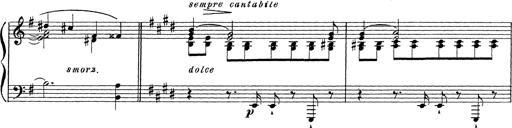
Title: Grosses Konzertsolo
Composer: Franz Liszt